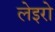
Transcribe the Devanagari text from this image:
लेइरो